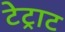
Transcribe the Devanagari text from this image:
टेट्राट